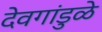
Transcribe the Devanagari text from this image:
देवगांडुळे